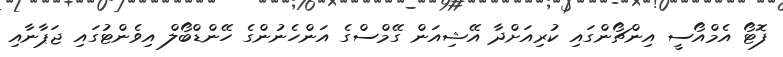
ފޮޓޯ އެމްއޯސީ އިންޗޯންގައި ކުރިއަށްދާ އޭޝިއަން ގޭމްސްގެ އަންހެނުންގެ ހޭންޑްބޯލް އިވެންޓުގައި ޖަޕާނާއި